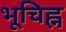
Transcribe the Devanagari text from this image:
भूचिह्न